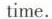
time.